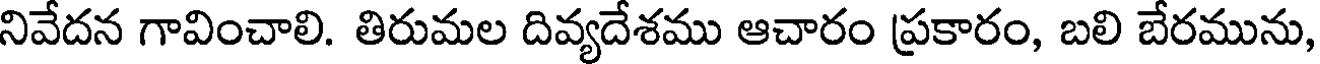
నివేదన గావించాలి. తిరుమల దివ్యదేశము ఆచారం ప్రకారం, బలి బేరమును,